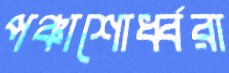
পঞ্চাশোর্ধ্বরা